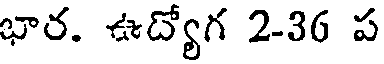
భార. ఊద్యోగ 2-36 ప